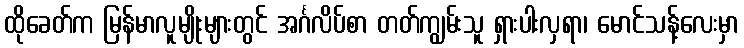
ထိုခေတ်က မြန်မာလူမျိုးများတွင် အင်္ဂလိပ်စာ တတ်ကျွမ်းသူ ရှားပါးလှရာ၊ မောင်သန့်လေးမှာ